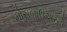
મોસબાઉઅરનો